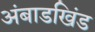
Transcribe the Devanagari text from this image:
अंबाडखिंड